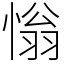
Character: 慃